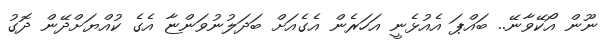
ނޫން އޯކޭވާނޭ.. ބައްޕަ އެއުޅެނީ އަހަރެން އެގެއަށް ބަދަލުނުވަންޏާ އެގެ ކުއްޔަށްދޭން ދޮގު